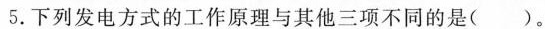
5.下列发电方式的工作原理与其他三项不同的是( )。